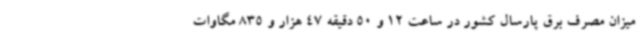
میزان مصرف برق پارسال کشور در ساعت 12 و 50 دقیقه 47 هزار و 835 مگاوات